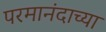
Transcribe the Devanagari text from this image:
परमानंदाच्या